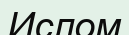
Ислом